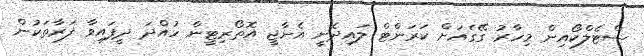
ސްޓެލްކޯއިން މިހާރު ގޭގެއަށް ކަރަންޓް ލައިދެނީ އެނާޖީ އޮތޯރިޓީން ހުއްދަ ދީފައިވާ ފަރާތަކުން